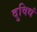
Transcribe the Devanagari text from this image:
दुविधं